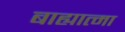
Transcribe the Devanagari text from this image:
बाह्यात्मा